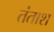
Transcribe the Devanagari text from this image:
तंताश